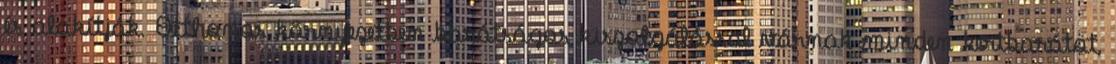
és alakítják. Otthonos környezetben barátságos kiszolgálással várnak minden kertbarátot,